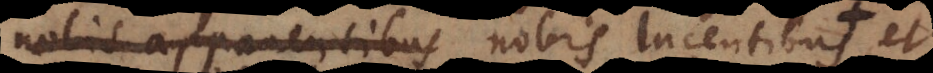
nobis apparentibus nobis lucentibus, qu